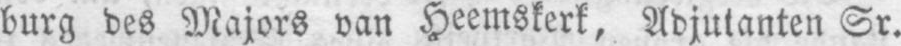
burg des Majors van Heemskerk, Adjutanten Sr.